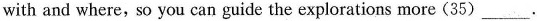
with and where, so you can guide the explorations more (35)___.